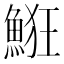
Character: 𩷗